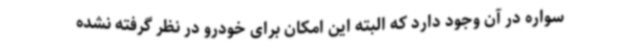
سواره در آن وجود دارد که البته این امکان برای خودرو در نظر گرفته نشده